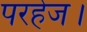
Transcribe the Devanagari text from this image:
परहेज।